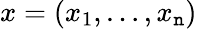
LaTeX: x=(x_{1},\ldots,x_{\mathtt{n}})